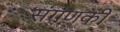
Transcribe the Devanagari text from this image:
संगणकी